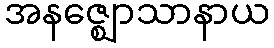
အနဇ္ဈောသာနာယ